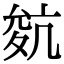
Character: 𡕬